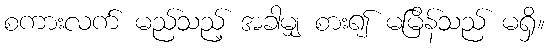
စကားလက် မည်သည့် အခါမျှ စား၍ မမြိန်သည် မရှိ။